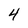
Character: 4